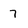
Character: 7